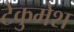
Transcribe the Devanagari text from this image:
टेकुमेश